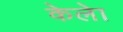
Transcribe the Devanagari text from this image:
केलेा